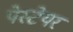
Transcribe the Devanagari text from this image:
पेस्टेयर